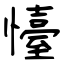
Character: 懛